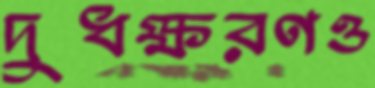
দুধক্ষরণও